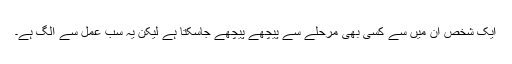
ایک شخص ان میں سے کسی بھی مرحلے سے پیچھے پیچھے جاسکتا ہے لیکن یہ سب عمل سے الگ ہے۔